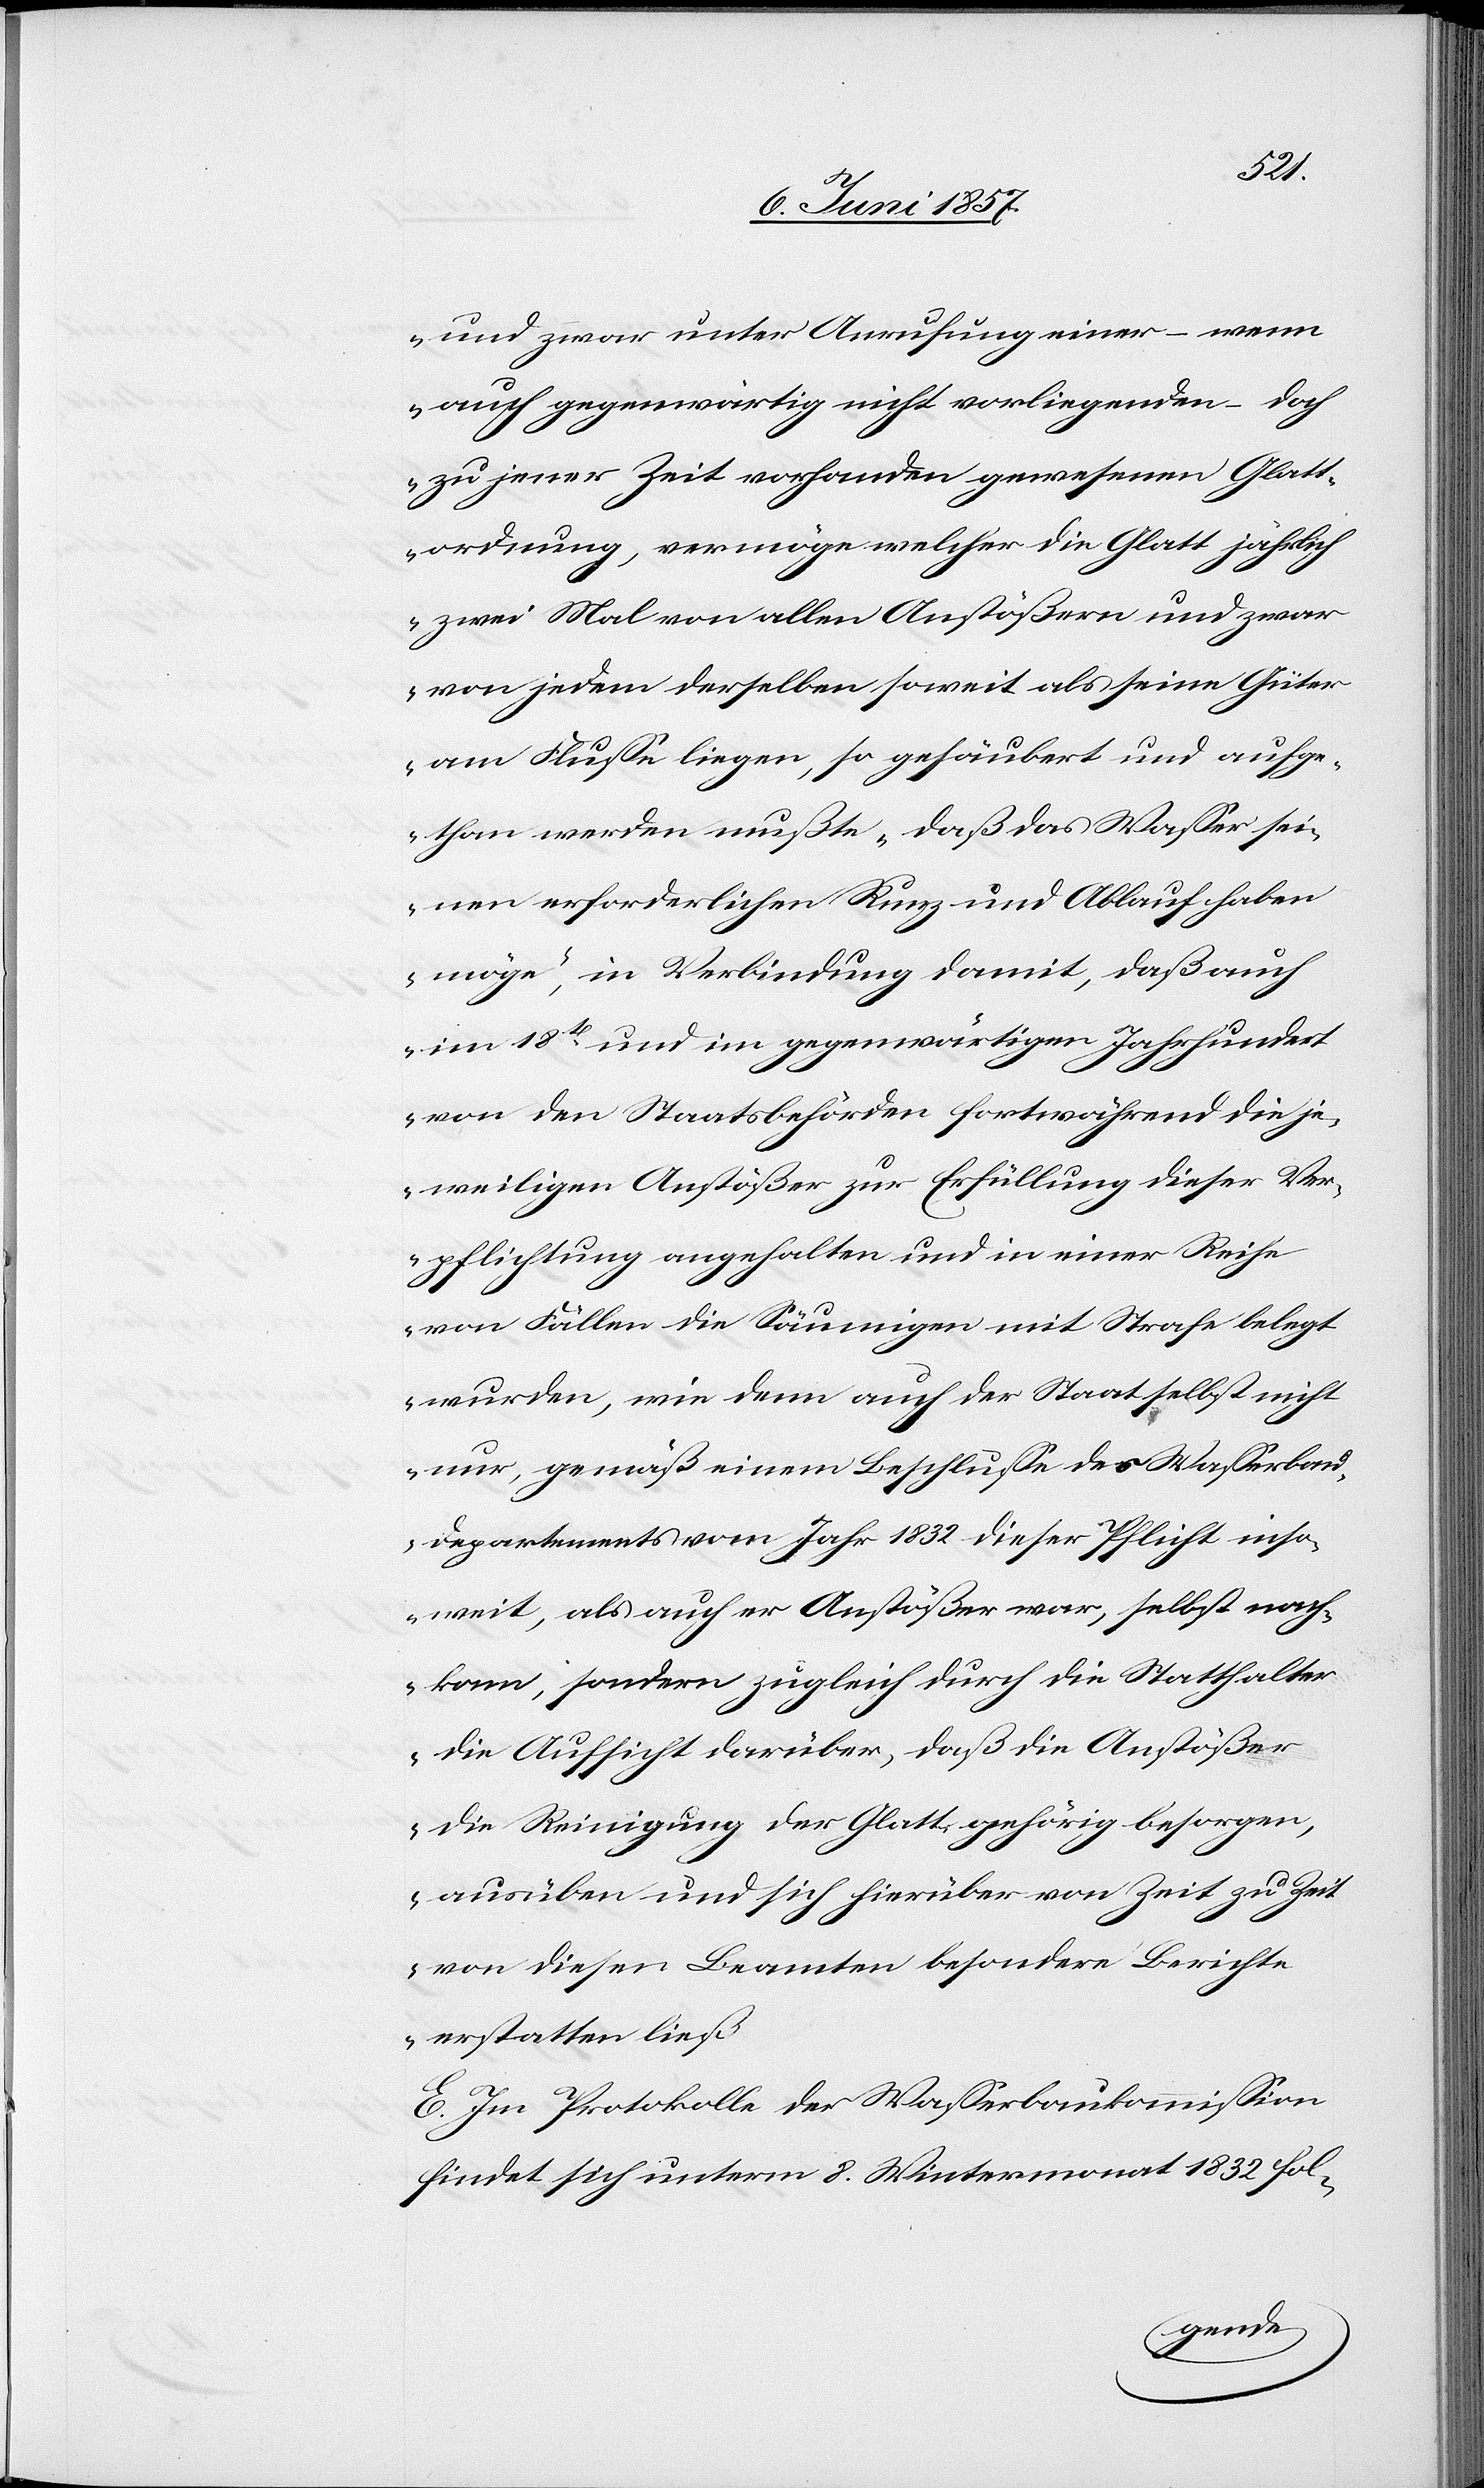
und zwar unter Anrufung einer – wenn
auch gegenwärtig nicht vorliegenden – doch
zu jener Zeit vorhanden gewesenen Glatt¬
ordnung, vermöge welcher die Glatt jährlich
zwei Mal von allen Anstößern und zwar
von jedem derselben soweit als seine Güter
am Fluße liegen, so gesäubert und aufge¬
than werden mußte, „daß das Wasser sei¬
nen erforderlichen Runz [sic!] und Ablauf haben
möge“, in Verbindung damit, daß auch
im 18ten und im gegenwärtigen Jahrhundert
von den Staatsbehörden fortwährend die je¬
weiligen Anstößer zur Erfüllung dieser Ver¬
pflichtung angehalten und in einer Reihe
von Fällen die Säumigen mit Strafe belegt
wurden, wie denn auch der Staat selbst nicht
nur gemäß einem Beschlusse des Wasserba¬
u-Departements vom Jahr 1832 dieser Pflicht inso¬
weit, als auch er Anstößer war, selbst nach¬
kam, sondern zugleich durch die Statthalter
die Aufsicht darüber, daß die Anstößer
die Reinigung der Glatt gehörig besorgen,
ausüben und sich hierüber von Zeit zu Zeit
von diesen Beamten besondere Berichte
erstatten ließ.“
E. Im Protokolle der Wasserbaukommission
findet sich unterm 8 Wintermonat 1832 fol-